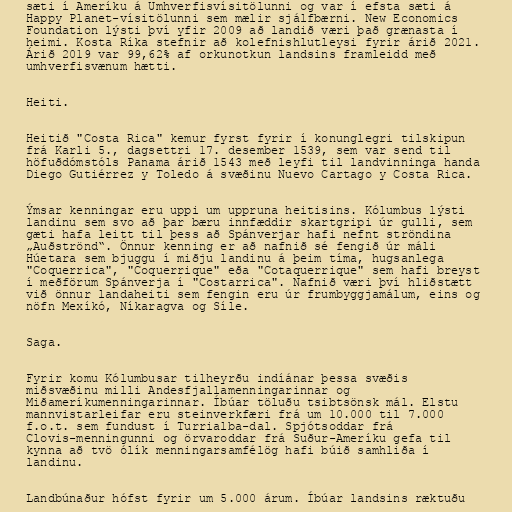
sæti í Ameríku á Umhverfisvísitölunni og var í efsta sæti á
Happy Planet-vísitölunni sem mælir sjálfbærni. New Economics
Foundation lýsti því yfir 2009 að landið væri það grænasta í
heimi. Kosta Ríka stefnir að kolefnishlutleysi fyrir árið 2021.
Árið 2019 var 99,62% af orkunotkun landsins framleidd með
umhverfisvænum hætti.

Heiti.

Heitið "Costa Rica" kemur fyrst fyrir í konunglegri tilskipun
frá Karli 5., dagsettri 17. desember 1539, sem var send til
höfuðdómstóls Panama árið 1543 með leyfi til landvinninga handa
Diego Gutiérrez y Toledo á svæðinu Nuevo Cartago y Costa Rica.

Ýmsar kenningar eru uppi um uppruna heitisins. Kólumbus lýsti
landinu sem svo að þar bæru innfæddir skartgripi úr gulli, sem
gæti hafa leitt til þess að Spánverjar hafi nefnt ströndina
„Auðströnd“. Önnur kenning er að nafnið sé fengið úr máli
Húetara sem bjuggu í miðju landinu á þeim tíma, hugsanlega
"Coquerrica", "Coquerrique" eða "Cotaquerrique" sem hafi breyst
í meðförum Spánverja í "Costarrica". Nafnið væri því hliðstætt
við önnur landaheiti sem fengin eru úr frumbyggjamálum, eins og
nöfn Mexíkó, Níkaragva og Síle.

Saga.

Fyrir komu Kólumbusar tilheyrðu indíánar þessa svæðis
miðsvæðinu milli Andesfjallamenningarinnar og
Miðameríkumenningarinnar. Íbúar töluðu tsibtsönsk mál. Elstu
mannvistarleifar eru steinverkfæri frá um 10.000 til 7.000
f.o.t. sem fundust í Turrialba-dal. Spjótsoddar frá
Clovis-menningunni og örvaroddar frá Suður-Ameríku gefa til
kynna að tvö ólík menningarsamfélög hafi búið samhliða í
landinu.

Landbúnaður hófst fyrir um 5.000 árum. Íbúar landsins ræktuðu